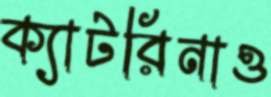
ক্যাটরিনাও